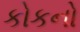
કોકનો